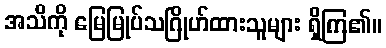
အသိကို မြေမြုပ်သဂြိုဟ်ထားသူများ ရှိကြ၏။